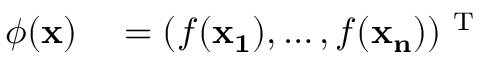
\begin{array} { r l } { \phi ( \ensuremath { \mathbf { x } } ) } & { { } = ( f ( \ensuremath { \mathbf { x _ { 1 } } } ) , \dots , f ( \ensuremath { \mathbf { x _ { n } } } ) ) ^ { \mathrm { ~ T ~ } } } \end{array}